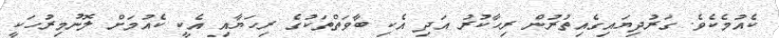
ކެއުމެކެވެ. ގަރުދިޔައިގެއިތުރުން ރިހާކުރު އަދި އެކި ބާވަތްތަކުގެ ރިހަޔާއި އެކީ ކެއުމަށް ލޮނުމިރުހަކީ